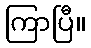
ကြာပြီ။